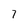
Character: 7